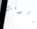
الوقت